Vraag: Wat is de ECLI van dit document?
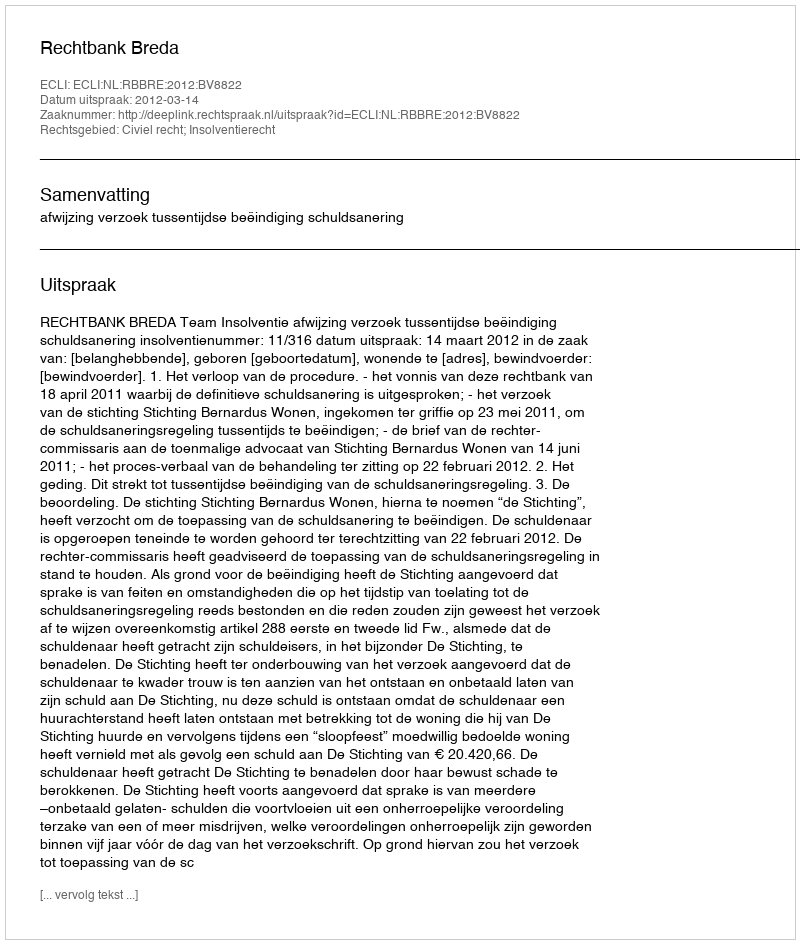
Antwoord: ECLI:NL:RBBRE:2012:BV8822